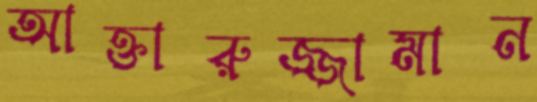
আক্তারুজ্জামান